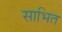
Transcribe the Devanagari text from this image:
साभित